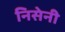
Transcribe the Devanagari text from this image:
निसेनी